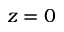
z = 0